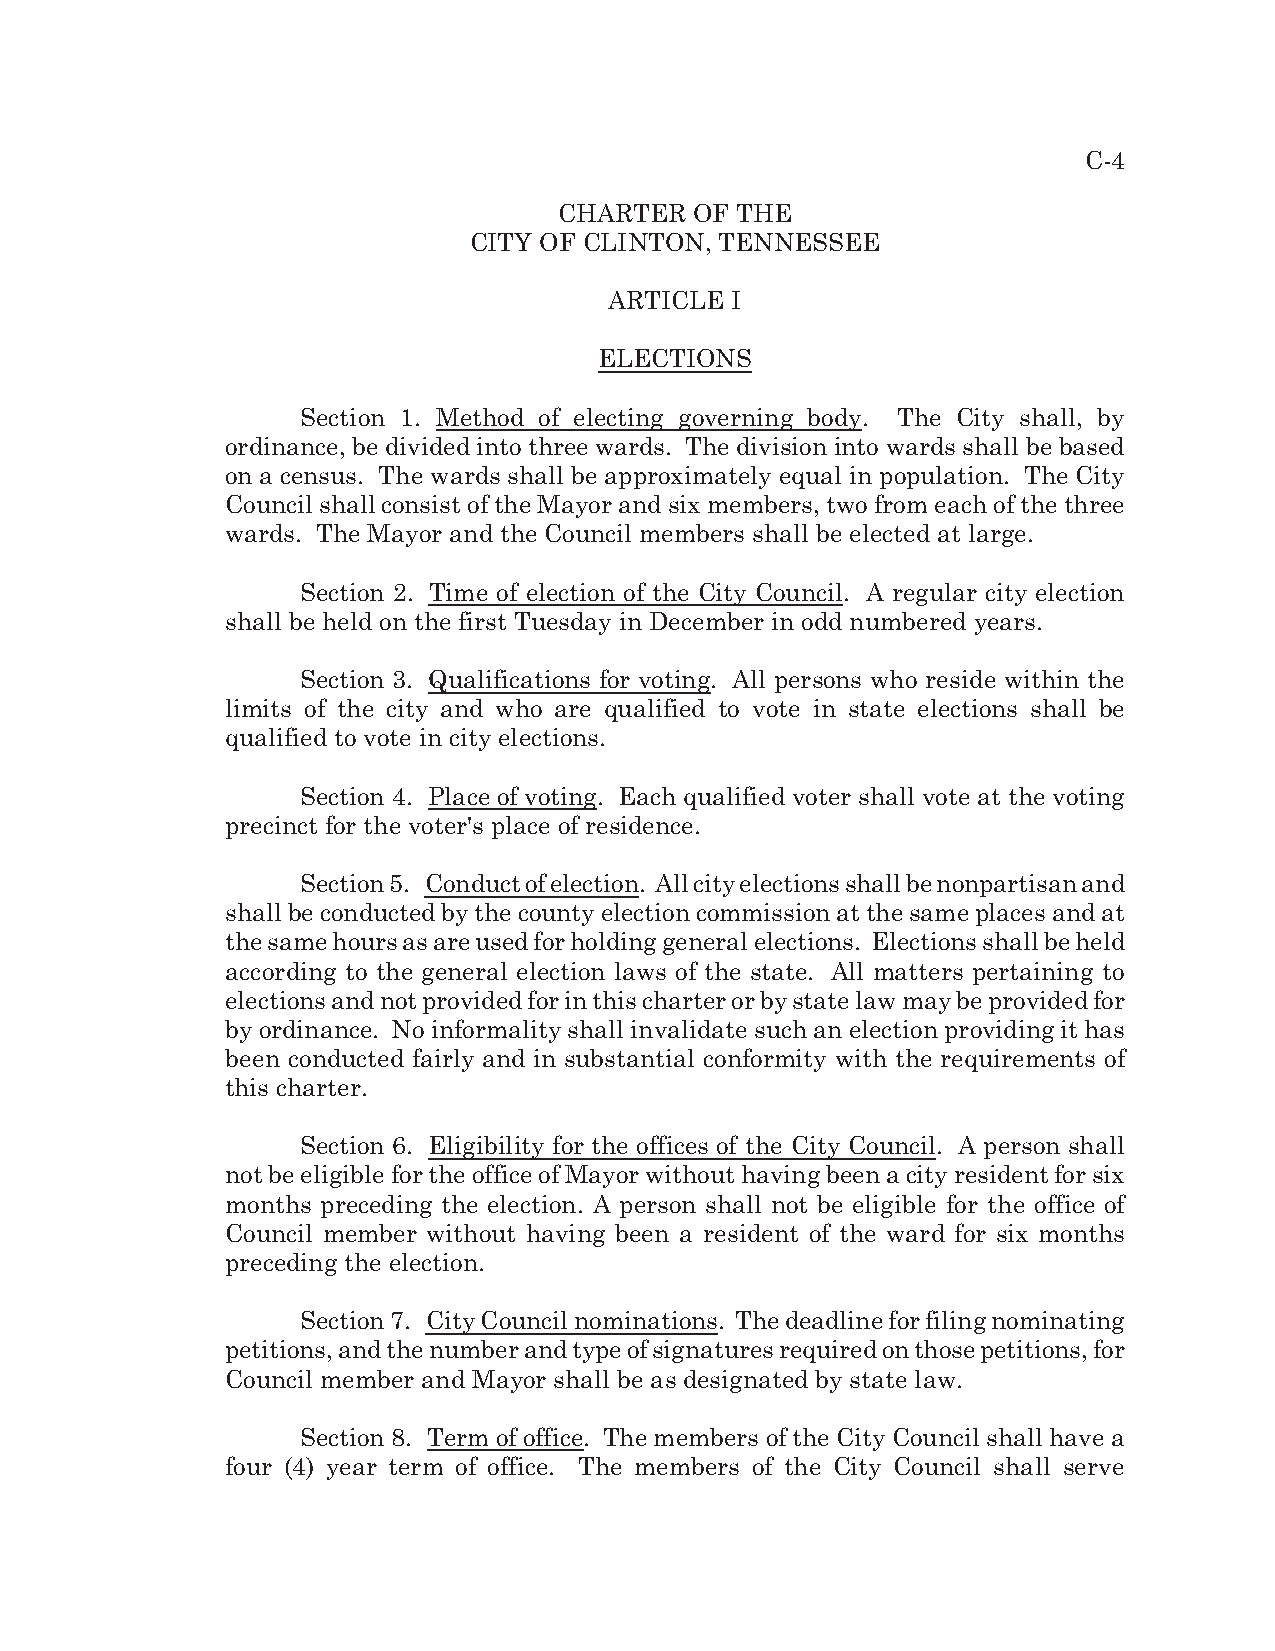
C-4
 CHARTER  OF THE
 CITY OF CLINTON, TENNESSEE
 ARTICLE I
 ELECTIONS
 Section 1. Method of electing governing body. The City shall, by
 ordinance, be divided into three wards. The division into wards shall be based
 on a census. The wards shall be approximately equal in population. The City
 Council shall consist of the Mayor and six members, two from each of the three
 wards. The Mayor and the Council members shall be elected at large.
 Section 2. Time of election of the City Council. A regular city election
 shall be held on the first Tuesday in December in odd numbered years.
 Section 3. Qualifications for voting. All persons who reside within the
 limits of the city and who are qualified to vote in state elections shall be
 qualified to vote in city elections.
 Section 4. Place of voting. Each qualified voter shall vote at the voting
 precinct for the voter's place of residence.
 Section 5. Conduct of election. All city elections shall be nonpartisan and
 shall be conducted by the county election commission at the same places and at
 the same hours as are used for holding general elections. Elections shall be held
 according to the general election laws of the state. All matters pertaining to
 elections and not provided for in this charter or by state law may be provided for
 by ordinance. No informality shall invalidate such an election providing it has
 been conducted fairly and in substantial conformity with the requirements of
 this charter.
 Section 6. Eligibility for the offices of the City Council. A person shall
 not be eligible for the office of Mayor without having been a city resident for six
 months preceding the election. A person shall not be eligible for the office of
 Council member without having been a resident of the ward for six months
 preceding the election.
 Section 7. City Council nominations. The deadline for filing nominating
 petitions, and the number and type of signatures required on those petitions, for
 Council member and Mayor shall be as designated by state law.
 Section 8. Term of office. The members of the City Council shall have a
 four (4) year term of office. The members of the City Council shall serve